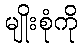
မျိုးစုံကို